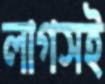
লাগসই